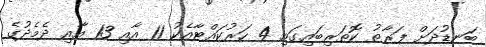
ބަނޑުދަށް ފަރާތު ކޮތަރިބައިގައި 4 ހަރުކައްޓާއެކު 11 އާއި 13 އާއި ދެމެދުގެ